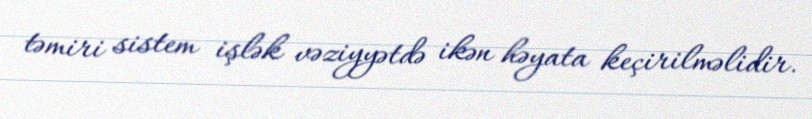
təmiri sistem işlək vəziyyətdə ikən həyata keçirilməlidir.